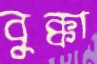
বুক্কা